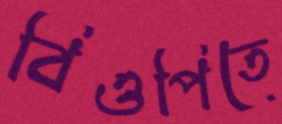
বিওপিতে